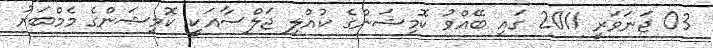
03 ޖަނަވަރީ 2011 ގައި ބޭއްވު ކޮމިޝަންގެ ކުއްލި ޖަލްސާއަކީ ކޮމިޝަންގެ މެމްބަރު